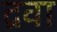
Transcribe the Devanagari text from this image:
द्रवा